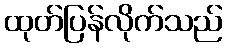
ထုတ်ပြန်လိုက်သည်